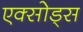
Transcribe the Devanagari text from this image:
एक्सोड्स